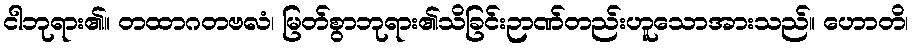
ငါဘုရား၏။ တထာဂတဗလံ၊ မြတ်စွာဘုရား၏သိခြင်းဉာဏ်တည်းဟူသောအားသည်။ ဟောတိ၊